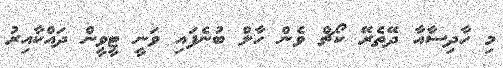
މި ހާދިސާއާ ދޭތެރޭ ކޯޗް ވެން ހާލް ބުނެފައި ވަނީ ޓީވީން ދައްކާއިރު